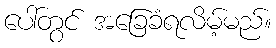
ပေါ်တွင် အခြေခံရလိမ့်မည်။